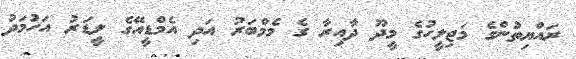
ރައްޔިތުންގެ މަޖިލީހުގެ މީދޫ ދާއިރާ ގެ މެމްބަރު އަދި އެމްޑީއޭގެ ލީޑަރު އަހުމަދު